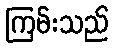
ကြမ်းသည်